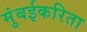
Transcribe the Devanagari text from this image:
मुंबईकरिता